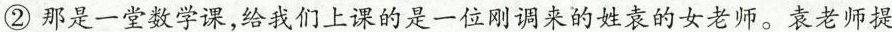
②那是一堂数学课，给我们上课的是一位刚调来的姓袁的女老师。袁老师提